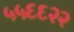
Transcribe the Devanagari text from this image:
५५६६२२